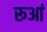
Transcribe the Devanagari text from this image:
रूआं